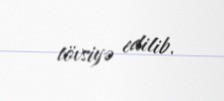
tövsiyə edilib.